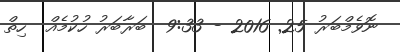
ނޮވެމްބަރު 25